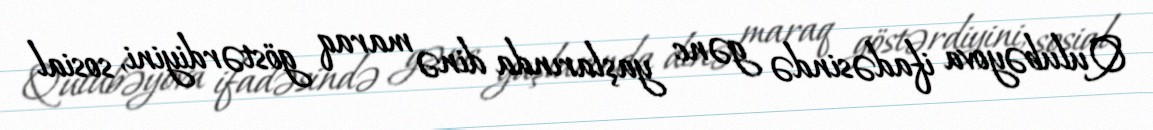
Qulubəyova ifadəsində gənc yaşlarında dinə maraq göstərdiyini, sosial